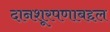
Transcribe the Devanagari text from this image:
दानशूरपणाबद्दल